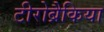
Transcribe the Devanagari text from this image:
टीरोब्रैकिया